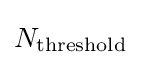
N_{\text{threshold}}